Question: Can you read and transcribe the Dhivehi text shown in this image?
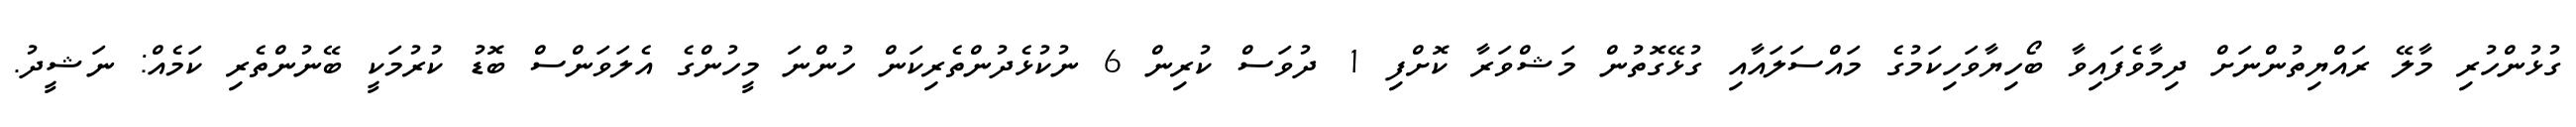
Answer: ގުޅުންހުރި މާލޭ ރައްޔިތުންނަށް ދިމާވެފައިވާ ބޯހިޔާވަހިކަމުގެ މައްސަލައާއި ގުޅޭގޮތުން މަޝްވަރާ ކޮށްފި 1 ދުވަސް ކުރިން 6 ނުކުޅެދުންތެރިކަން ހުންނަ މީހުންގެ އެލަވަންސް ބޮޑު ކުރުމަކީ ބޭނުންތެރި ކަމެއް: ނަޝީދު.